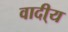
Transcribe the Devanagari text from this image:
वादी्य